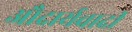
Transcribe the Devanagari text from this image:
औदार्यवादी